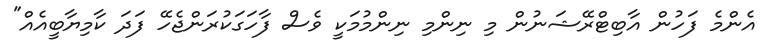
އެންމެ ފަހުން އާބިޓްރޭޝަނުން މި ނިންމި ނިންމުމަކީ ވެސް ފާހަގަކުރަންޖެހޭ ފަދަ ކާމިޔާބީއެއް"